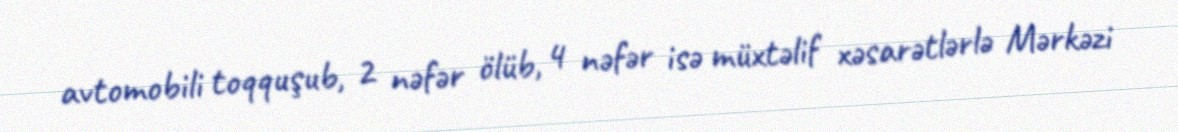
avtomobili toqquşub, 2 nəfər ölüb, 4 nəfər isə müxtəlif xəsarətlərlə Mərkəzi